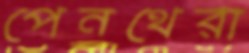
পেনথেরা